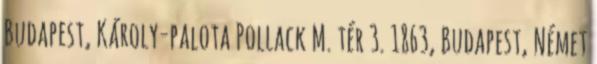
Budapest, Károly-palota Pollack M. tér 3. 1863, Budapest, Német